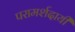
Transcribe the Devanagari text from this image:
परामर्शदायी